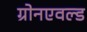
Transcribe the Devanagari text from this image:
ग्रोनएवल्ड